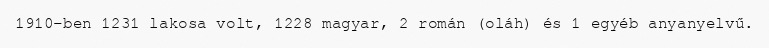
1910-ben 1231 lakosa volt, 1228 magyar, 2 román (oláh) és 1 egyéb anyanyelvű.